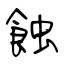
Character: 蝕